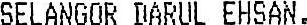
SELANGOR DARUL EHSAN.